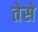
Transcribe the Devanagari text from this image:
तेसे